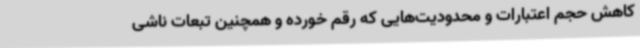
کاهش حجم اعتبارات و محدودیت‌هایی که رقم خورده و همچنین تبعات ناشی